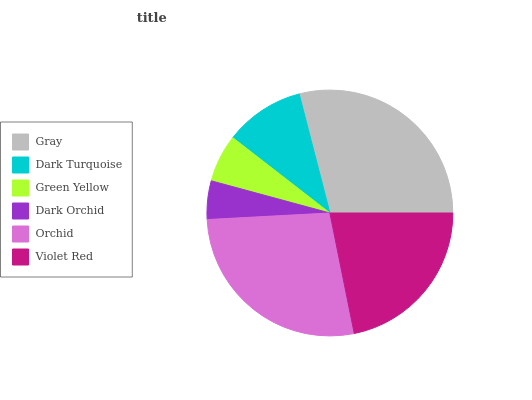
| Gray | Dark Turquoise | Green Yellow | Dark Orchid | Orchid | Violet Red |
 | --- | --- | --- | --- | --- | --- |
 | 29% | 10.5% | 6.29% | 5.06% | 27.4% | 21.8% |